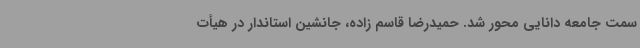
سمت جامعه دانایی محور شد. حمیدرضا قاسم زاده، جانشین استاندار در هیأت